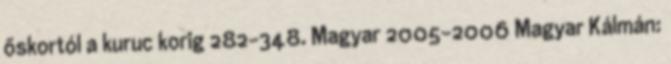
őskortól a kuruc korig 282-348. Magyar 2005-2006 Magyar Kálmán: